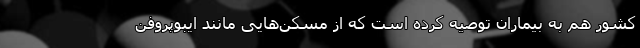
کشور هم به بیماران توصیه کرده است که از مسکن‌هایی مانند ایبوپروفن